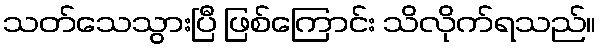
သတ်သေသွားပြီ ဖြစ်ကြောင်း သိလိုက်ရသည်။